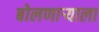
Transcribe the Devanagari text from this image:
बोलणाऱ्याला